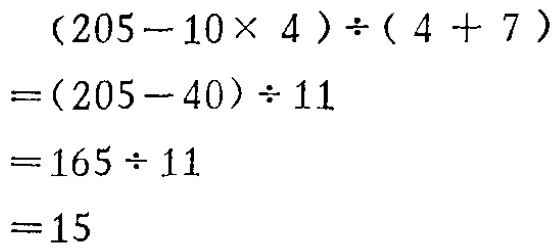
\[
\begin{align*}
&(205 - 10\times4)\div(4 + 7)\\
=&(205 - 40)\div11\\
=&165\div11\\
=&15
\end{align*}
\]